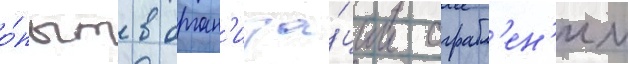
о́пыт в орган'иза́ции ограбл'ен'ии